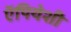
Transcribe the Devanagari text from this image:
ऍपियेशी